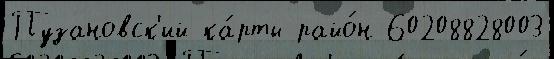
Пузановск'ий ка́рты райо́н 60208828003